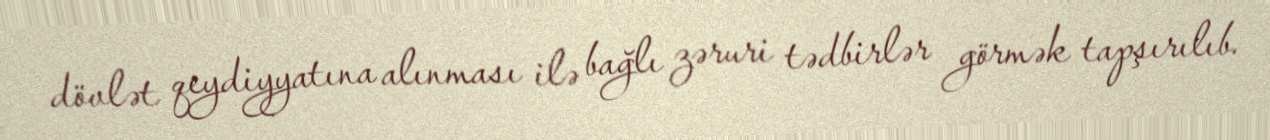
dövlət qeydiyyatına alınması ilə bağlı zəruri tədbirlər görmək tapşırılıb.